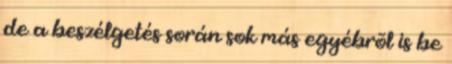
de a beszélgetés során sok más egyébrõl is be